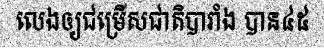
លេងឲ្យជម្រើសជាតិបារាំង បាន៤៥